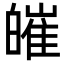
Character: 皠